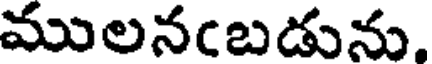
ములనంబడును,